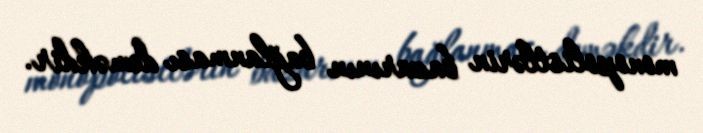
monopolistlərin bazarının bağlanması deməkdir.